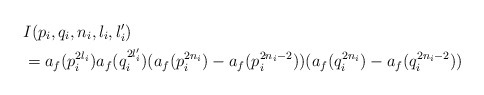
\begin{align*}&I(p_i,q_i,n_i,l_i,l_i')\\& = a_f(p_i^{2l_i})a_f(q_i^{2l_i'})(a_f(p_i^{2n_i}) - a_f(p_i^{2n_i-2}))(a_f(q_i^{2n_i}) - a_f(q_i^{2n_i-2}))\\\end{align*}